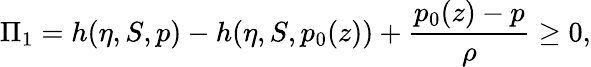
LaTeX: \Pi_{1}=h(\eta,S,p)-h(\eta,S,p_{0}(z))+\frac{p_{0}(z)-p}{\rho}\ge 0,